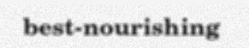
best-nourishing